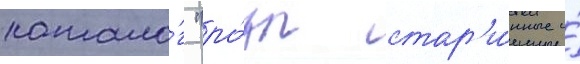
катало́г "ро́зы стар'и́нные и́